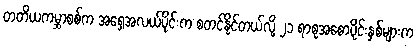
တတိယကမ္ဘာစစ်က အရှေ့အလယ်ပိုင်းက စတင်နိုင်တယ်လို့ ၂၁ ရာစုအစောပိုင်းနှစ်များက